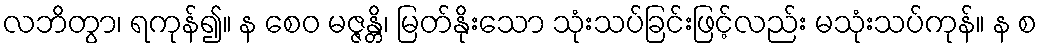
လဘိတွာ၊ ရကုန်၍။ န စေဝ မဇ္ဇန္တိ၊ မြတ်နိုးသော သုံးသပ်ခြင်းဖြင့်လည်း မသုံးသပ်ကုန်။ န စ